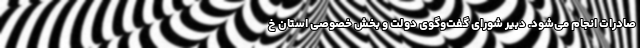
صادرات انجام می‌شود. دبیر شورای گفت‌وگوی دولت و بخش خصوصی استان خ